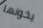
يخونها